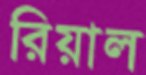
রিয়াল